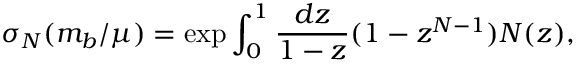
\sigma _ { N } ( m _ { b } / \mu ) = \exp \int _ { 0 } ^ { 1 } { \frac { d z } { 1 - z } } ( 1 - z ^ { N - 1 } ) N ( z ) ,